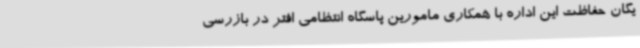
یگان حفاظت این اداره با همکاری مامورین پاسگاه انتظامی افتر در بازرسی